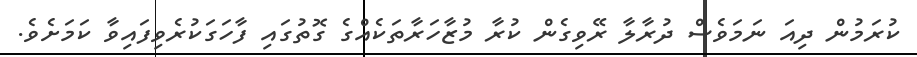
ކުރަމުން ދިއަ ނަމަވެސް ދުރާލާ ރޭވިގެން ކުރާ މުޒާހަރާތަކެއްގެ ގޮތުގައި ފާހަގަކުރެވިފައިވާ ކަމަށެވެ.